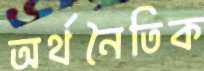
অর্থনৈতিক